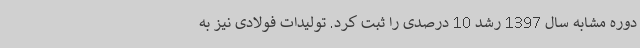
دوره مشابه سال 1397 رشد 10 درصدی را ثبت کرد. تولیدات فولادی نیز به